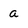
Character: a